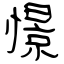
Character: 憬